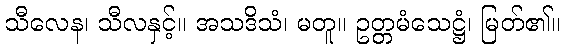
သီလေန၊ သီလနှင့်။ အသဒိသံ၊ မတူ။ ဥတ္တမံသေဋ္ဌံ၊ မြတ်၏။